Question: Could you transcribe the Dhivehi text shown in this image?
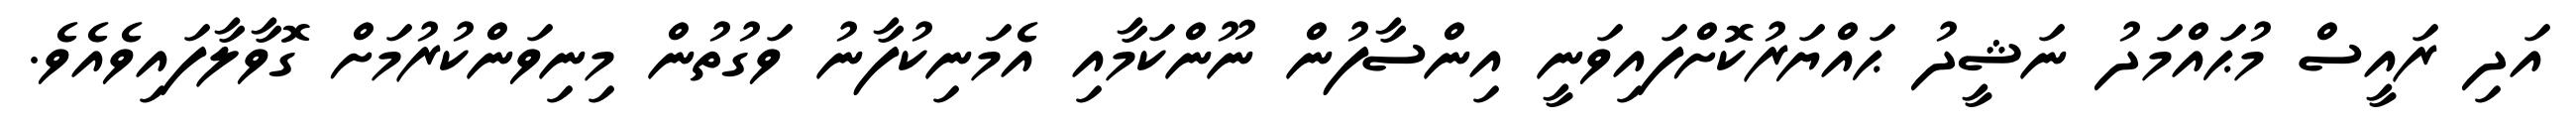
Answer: އަދި ރައީސް މުޙައްމަދު ނަޝީދު ޙައްޔަރުކޮށްފައިވަނީ އިންސާފުން ނޫންކަމާއި އެމަނިކުފާނު ވަގުތުން މިނިވަންކުރުމަށް ގޮވާލާފައިވެއެވެ.